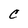
Character: C